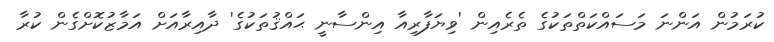
ކުރަމުން އަންނަ މަސައްކަތްތަކުގެ ތެރެއިން 'ވިޔަފާރިއާ އިންސާނީ ޙައްޤުތަކުގެ' ދާއިރާއަށް އަމާޒުކޮށްގެން ކުރާ